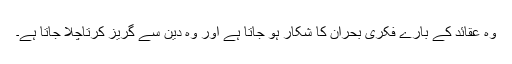
وہ عقائد کے بارے فکری بحران کا شکار ہو جاتا ہے اور وہ دین سے گریز کرتاچلا جاتا ہے۔